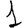
Digit: 1